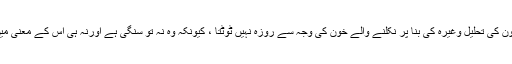
اور وہ خون جو دانت نکالنے یا پھر کسی زخم کے پھٹنے اورخون کی تحلیل وغیرہ کی بنا پر نکلنے والے خون کی وجہ سے روزہ نہيں ٹوٹتا ، کیونکہ وہ نہ تو سنگی ہے اورنہ ہی اس کے معنی میں آتا ہے ، اورپھر یہ سنگی کی طرح بدن پر اثرانداز نہيں ہوتا ۔